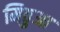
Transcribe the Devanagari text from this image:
मिठुआ